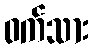
ဝက်သား